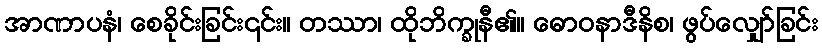
အာဏာပနံ၊ စေခိုင်းခြင်း၎င်း။ တဿာ၊ ထိုဘိက္ခုနီ၏။ ဓောဝနာဒီနိစ၊ ဖွပ်လျှော်ခြင်း